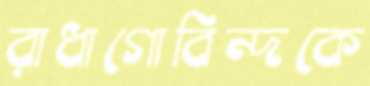
রাধাগোবিন্দকে